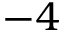
- 4